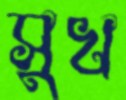
সুখ